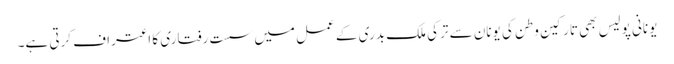
یونانی پولیس بھی تارکین وطن کی یونان سے ترکی ملک بدری کے عمل میں سست رفتاری کا اعتراف کرتی ہے۔